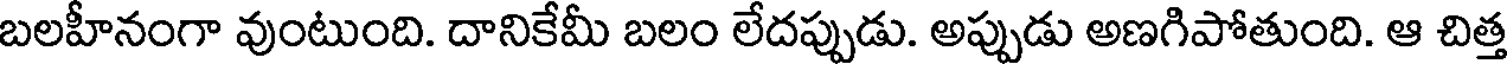
బలహీనంగా వుంటుంది. దానికేమీ బలం లేదప్పుడు. అప్పుడు అణగిపోతుంది. ఆ చిత్త